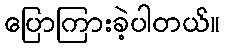
ပြောကြားခဲ့ပါတယ်။